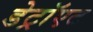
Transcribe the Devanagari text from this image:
डेट्रॉएट